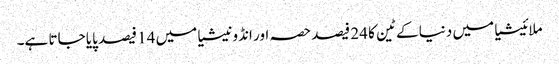
ملائیشیا میں دنیا کے ٹین کا 24 فیصد حصہ اور انڈونیشیا میں 14 فیصد پایا جاتا ہے۔